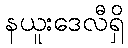
နယူးဒေလီရှိ